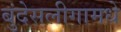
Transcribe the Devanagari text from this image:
बुंदेसलीगामधे